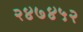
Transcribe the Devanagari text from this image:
२४७४५२